Document type: Community of property
Year: 1312
Scribe: Pere Amorós
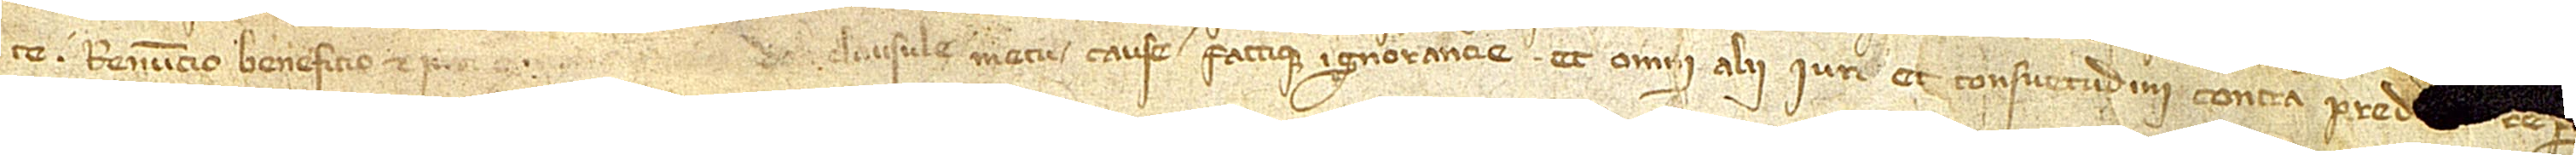
te, renuncio beneficio et iuri [...] doli, clausule metu cause factique ignorancie et omni alii iuri et consuetudini contra pred[icta] rep[ugnantibus] [...]